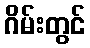
ဂိမ်းတွင်